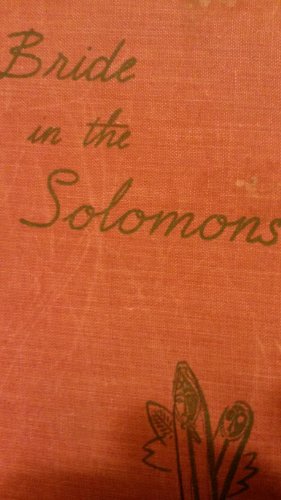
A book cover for Bride in the Solomons,; Osa Johnson; Travel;